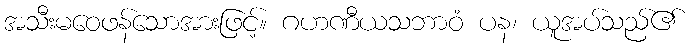
အသီးမဝေဖန်သောအားဖြင့်။ ဂဟဏီယသဘာဝံ ပန၊ ယူအပ်သည်၏